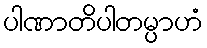
ပါဏာတိပါတမ္ပာဟံ